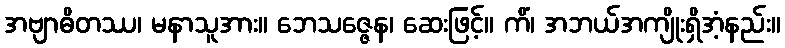
အဗျာဓိတဿ၊ မနာသူအား။ ဘေသဇ္ဇေန၊ ဆေးဖြင့်။ ကိံ၊ အဘယ်အကျိုးရှိအံ့နည်း။